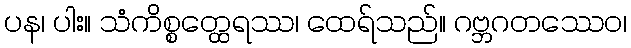
ပန၊ ပါး။ သံကိစ္စတ္ထေရဿ၊ ထေရ်သည်။ ဂဗ္ဘဂတဿေဝ၊